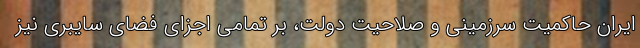
ایران حاکمیت سرزمینی و صلاحیت دولت، بر تمامی اجزای فضای سایبری نیز